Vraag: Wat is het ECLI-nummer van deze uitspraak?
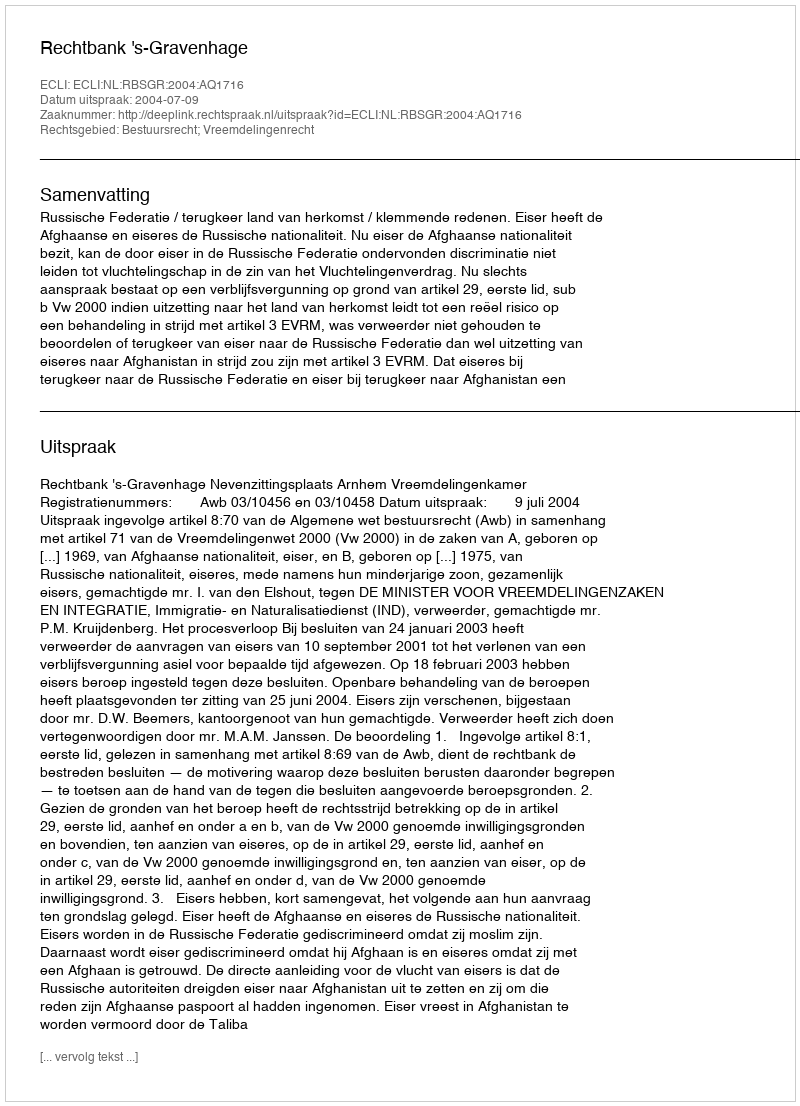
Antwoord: ECLI:NL:RBSGR:2004:AQ1716